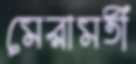
মেরামতী